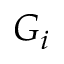
G _ { i }